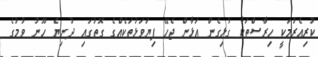
ކުރިއެރުމަކީ ހިރާސްތަކާ ގުޅިގެން އަޅާން ޖެހޭ ފިޔަވަޅުތަކެއްގެ ގޮތުގައި ދުނިޔެ ހޫނު ވުމުގެ